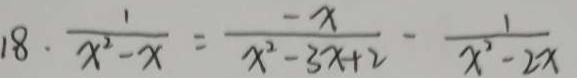
1 8 . \frac { 1 } { x ^ { 2 } - x } = \frac { - x } { x ^ { 2 } - 3 x + 2 } - \frac { 1 } { x ^ { 2 } - 2 x }